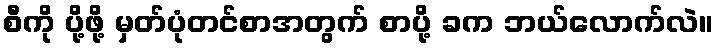
စီကို ပို့ဖို့ မှတ်ပုံတင်စာအတွက် စာပို့ ခက ဘယ်လောက်လဲ။